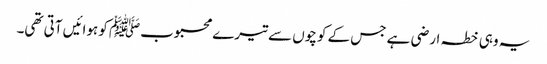
یہ وہی خطہ ارضی ہے جس کے کوچوں سے تیرے محبوبﷺ کو ہوائیں آتی تھی۔